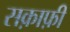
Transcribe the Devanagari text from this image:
सक़ाफ़ी